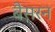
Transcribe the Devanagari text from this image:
बैसरन